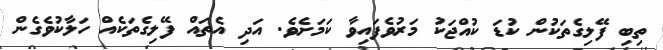
ތިބި ފޭލިގެތަކުން ކުުޑަ ކުއްޖަކު މަރުވެފައިވާ ކަމަށެވެ. އަދި އެތައް ފޭލިގެތަކެއް ހަލާކުވެގެން